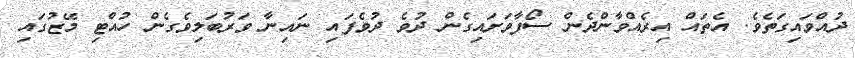
ދުއްވައިގަތެވެ. އެތައް އިރެއްވާންދެން ސޯފާވަށައިގެން ދުވެ ދުވެފައި ނައިނާ ވަރުބަލިވެގެން ހުއްޓި މޭޒުގައި